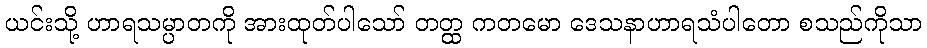
ယင်းသို့ ဟာရသမ္ပာတကို အားထုတ်ပါသော် တတ္ထ ကတမော ဒေသနာဟာရသံပါတော စသည်ကိုသာ